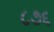
૮૭૬